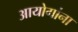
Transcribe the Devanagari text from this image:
आयोगांना